Lunatic asylums in Bengal annual reports 1888-1898 - 1888-1898
Year: 1888
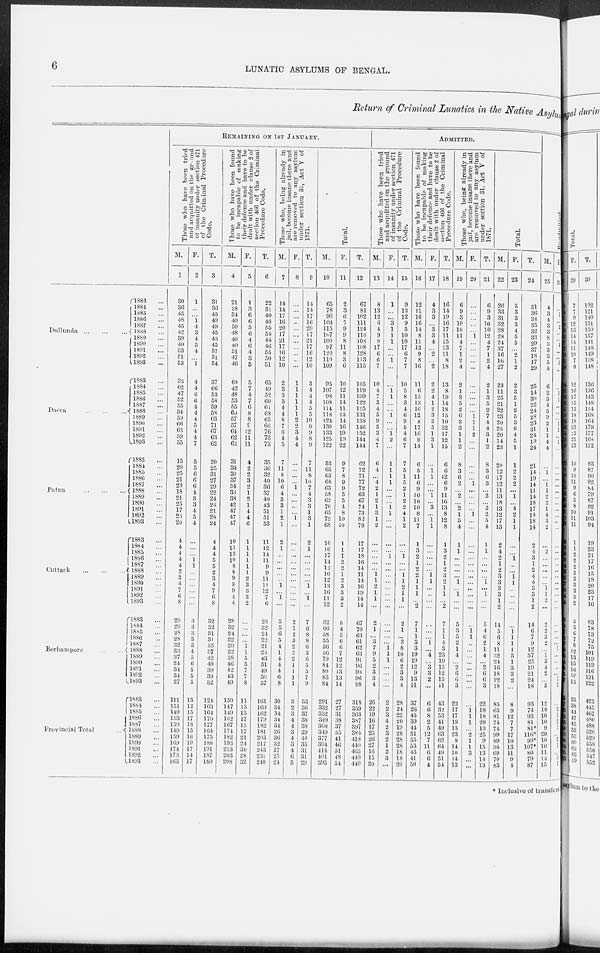
6
LUNATIC ASYLUMS OF BENGAL.
Return of Criminal Lunatics in the Native Asylum
Dullunda
...
...
...
Dacca
...
...
...
Patna
...
...
...
Cuttack
...
...
...
Berhampore
...
...
Provincial Total ...
1883 ...
1884 ...
1885 ...
1886 ...
1887 ...
1888 ...
1889 ...
1890 ...
1891 ...
1892 ...
1893 ...
1883 ...
1884 ...
1885 ...
1886 ...
1887 ...
1888 ...
1889 ...
1890 ...
1891 ...
1892 ...
1893 ...
l883 ...
1884 ...
1885 ...
1886 ...
1887 ...
1888 ...
1889 ...
1890 ...
1891 ...
1892 ...
1893 ...
1883 ...
1884 ...
1885 ...
1886 ...
1887 ...
1888 ...
1889 ...
1890 ...
1891 ...
1892 ...
1893 ...
1883 ...
1884 ...
1885 ...
1886 ...
1887 ...
1888 ...
1889 ...
1890 ...
1891 ...
1892 ...
1893 ...
1883 ...
1884 ...
1885 ...
1886 ...
1887 ...
1888 ...
1889 ...
1890 ...
1891 ...
1892 ...
1893 ...
REMAINING ON 1ST JANUARY.
Those who have been tried
and acquitted on the ground
of insanity under section 471
of the Criminal Procedure
Code.
M.
1
30
36
45
48
45
42
39
40
53
51
53
33
62
47
52
55
54
59
66
63 59
55
15
20
25
21
23
18
21
25
17
23
20
4
4
4
4
4
2
3
4
7
6
8
29
29
28
28
32
33
37
34
34
34
27
111
151
149
153
159
149
159
169
174
173
163
F.
2
1
...
...
1
4
3
4
5
4
...
1
4
4
6
6
4
4
4
5
4
4
7
5
5
6
6
6
4
3
3
4
5
4
...
...
...
1
1
...
...
...
...
...
...
3
3
3
3
3
4
5
6
5
5
5
13
12
15
17
18
15
16
19
17
14
17
T.
3
31
36
45
49
49
45
43
45
57
51
54
37
66
53
58
59
58
63
71
67
63
62
20
25
31
27
29
22
24
28
21
28
24
4
4
4
5
5
2
3
4
7
6
8
32
32
31
31
35
37
42
40
39
39
32
124
163
164
170
177
164
175
188
191
187
180
Those who have been found
to be incapable of making
their defence and have to be
dealt with under clause 2 of
section 466 of the Criminal
Procedure Code.
M.
4
21
28
34
40
50
48
40
40
51
47
46
60
42
48
53
55
60
57
57
64
62
62
31
34
30
37
34
36
38
42
47
47
47
10
11
13
10
8
8
9
8
9
4
4
28
32
24
22
20
22
38
46
42
43
49
150
147
149
162
167
174
182
193
213
203
208
F.
5
1
3
6
6
5
6
4
6
4
8
5
5
7
4
7
6
8
8
9
12
11
11
4
2
2
3
2
1
2
1
4
4
6
1
1
1
1
1
1
2
3
3
3
2
...
...
...
...
1
1
5
5
7
7 8
11
13
13
17
15
17
21
24
30
28
32
T.
6
22
31
40
46
55
54
44
46
55
50
51
65
49
52
60
61
68
65
66
76
73
73
35
36
32
40
36
37
40
43
51
51
53
11
12
14
11
9
9
11
11
12
7
6
28
32
24
22
21
23
43
51
49
50
57
161
160
162
179
182
181
203
217
243
231
240
Those who, being already in
jail, become insane there and
are removed to any asylum
under section 31, Act V of
1871.
M.
7
14
14
17
16
20
17
21
17
16
12
10
2
3
3
3
4
4
8
7
6
4
5
7
11
8
10
6
4
3
3
1
2
1
2
1
...
...
...
...
...
1
...
1
...
5
5
6
5
4
1
4
4
4
6
8
30
34
34
34
34
26
36
32
27
25
24
F.
8
...
...
...
...
...
...
...
...
...
...
...
1
1
1
1
1
1
2
2
3
4
4
...
...
...
...
1
...
...
...
...
1
...
...
...
...
...
...
...
...
...
...
...
...
2
1
2
3
2
2
2
1
1
1
1
3
2
3
4
4
3
4
3
4
6
5
T.
9
14
14
17
16
20
17
21
17
16
12
10
3
4
4
4
5
5
10
9
9
8
9
7
11
8
10
7
4
3
3
1
3
1
2
1
...
...
...
...
...
1
...
1
...
7
6
8
8
6
3
6
5
5
7
9
33
36
37
38
38
29
40
35
31
31
29
Total.
M.
10
65
78
96
104
115
107
100
97
120
110
109
95
107
98
108
114
118
124
130
133
125
122
53
65
63
68
63
58
62
70
65
72
68
16
16
17
14
12
10
12
13
16
11
12
62
66
58
55
56
56
79
84
80
83
84
291
332
332
349
360
349
377
394
414
401
395
F.
11
2
3
6
7
9
9
8
11
8
3
6
10
12
11
14
11
13
14
16
19
19
22
9
7
8
9
9
5
5
4
8
10
10
1
1
1
2
2
1
2
3
3
3
2
5
4
5
6
6
7
12
12
13
13
14
27
27
31
38
37
35
41
46
51
48
54
T.
12
67
81
102
111
124
116
108
108
128
113
115
105
119
109
122
125
131
138
146
152
144
144
62
72
71
77
72
63
67
74
73
82
78
17
17
18
16
14
11
14
16
19
14
14
67
70
63
61
62
63
91
96
93
96
98
318
359
363
387
397
384
418
440
465
449
419
ADMITTED.
Those who have been tried
and acquitted on the ground
of insanity under section 471
of the Criminal Procedure
Code.
M.
13
8
13
12
6
4
9
9
17
6
6
7
10
4
7
3
4
5
9
5
3
4
7
6
4
...
4
2
1
2
1
3
1
2
...
...
...
...
...
1
1
2
1
1
...
2
1
...
3
7
9
5
2
3
3
4
26
22
19
16
17
25
26
27
16
15
20
F.
14
1
...
...
3
1
1
1
...
...
1
...
...
1 1
...
...
1
...
...
1
2
...
1
1
1
1
...
...
...
1
1
...
...
...
...
1
...
...
...
...
...
...
...
...
...
...
...
...
1
1
1
...
...
...
...
2
2
3
4
2
3
2
1
2
3
...
T.
15
9
13
12
9
5
10
10
17
6
7
7
10
5
8
3
4
6
9
6
4
6
7
7
5
1
5
2
1
2
2
4
1
2
...
...
1
...
...
1
1
2
1
1
...
2
1
...
3
8
10
6
2
3
3
4
28
24
22
20
19
28
28
28
18
18
20
Those who have been found
to be incapable of making
their defence and have to be
dealt with under clause 2 of
section 466 of the Criminal
Procedure Code.
M.
16
12
11
16
16
14
8
11
13
9
8
16
11
6
15
13
16
12
8
17
16
9
14
6
5
11
6
9
10
16
10
8
11
7
1
3
2
1
2
2
1
1
1
...
2
7
1
1
3
3
19
19
12
9
13
11
37
26
45
39
44
51
55
53
43
41
50
F.
17
4
3
3
...
3
3
4
...
2
...
2
2
2
4
1
2
3
2
5
1
3
1
...
1 1
...
...
1
...
3
...
1
1
...
...
...
...
...
1
1
...
...
...
...
...
...
...
1
...
4
...
3
3
2
...
6
6
8
2
5
12
7
11
6
6
4
T.
18
16
14
19
16
17
11
15
13
11
8
18
13
8
19
14
18
15
10
22
17
12
15
6
6
12
6
9
11
16
13
8
12
8
1
3
2
1
2
3
2
1
1
...
2
7
1
1
4
3
23
19
15
12
15
11
43
32
53
41
49
63
62
64
49
51
54
Those who, being already in
jail, become insane there and
are removed to any asylum
under section 31, Act V of
1871.
M.
19
6
9
3
10
10
11
4
7
1
2
4
2
1
3
5
2
6
3
3
1
1
2
8
3
6
2
...
2
...
2
1
5
4
1
1
...
...
...
...
1
...
1
...
...
5
3
5
2
1
4
...
2
6
6
3
22
17
17
19
13
23
8
14
10
14
13
F.
20
...
...
...
...
...
1
...
...
...
...
...
...
...
...
...
...
1
1
1
2
...
...
...
...
...
1
...
...
...
...
1
...
...
...
...
...
...
...
...
...
...
...
...
...
...
1 1
...
...
...
...
...
...
...
...
...
1 1
1
...
2
1
1
3
...
...
T.
21
6
9
3
10
10
12
4
7
1
2
4
2
1
3
5
2
7
4
4
3
1
2
8
3
6
3
...
2
...
2
2
5
4
1
1
...
...
...
...
1
...
1
...
...
5
4
6
2
1
4
...
2
6
6
3
22
18
18
20
13
25
9
15
13
14
13
Total.
M.
22
26
33
31
32
28
28
24
37
16
16
27
23
11
25
21
22
23
20
25
20
14
23
20
12
17
12
11
13
18
13
12
17
13
2
4
2
1
2
3
3
3
3
1
2
14
5
6
8
11
32
24
16
18
22
18
85
65
81
74
74
99
89
94
69
70
83
F.
23
5
3
3
3
4
5
5
...
2
1
2
2
3
5
1
2
5
3
6
4
5
1
1
2
2
2
...
1
...
4
2
1
1
...
...
1
...
...
1
1
...
...
...
...
...
1 1
1
1
5
1
3
3
2
...
8
9
12
7
7
17
10
13
11
9
4
T.
24
31
36
34
35
32
33
29
37
18
17
29
25
14
30
22
24
28
23
31
24
19
24
21
14
19
14
11
14
18
17
14
18
14
2
4
3
1
2
4
4
3
3
1
2
14
6
7
9
12
37
25
19
21
24
18
93
74
93
81
81*
116*
99*
107*
80
79
87
Re-admitted
M.
25
4
3
4
3
3
8
3
3
3
5
4
6
2
3
4
5
9
2
1
1
4
4
...
1
...
1 1
2
2
1
4
3
2
...
2
...
...
...
...
...
1
1
2
...
2
2
3
2
...
1
3
4
2
...
5
12
10
10
10
9
20
10
10
11
14
15
F.
26
...
1
...
2
...
...
1
...
...
3
...
...
1 1
...
...
...
1 1
...
1
...
...
...
...
...
...
...
...
...
...
...
...
...
...
...
...
...
...
...
...
...
...
...
...
...
...
...
1
...
...
...
...
1
1
...
2
1
2
1
...
2
1
...
5
1
* Inclusive of transfers